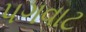
પગવાટ